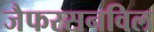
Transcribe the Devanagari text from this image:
जैफरसनविल